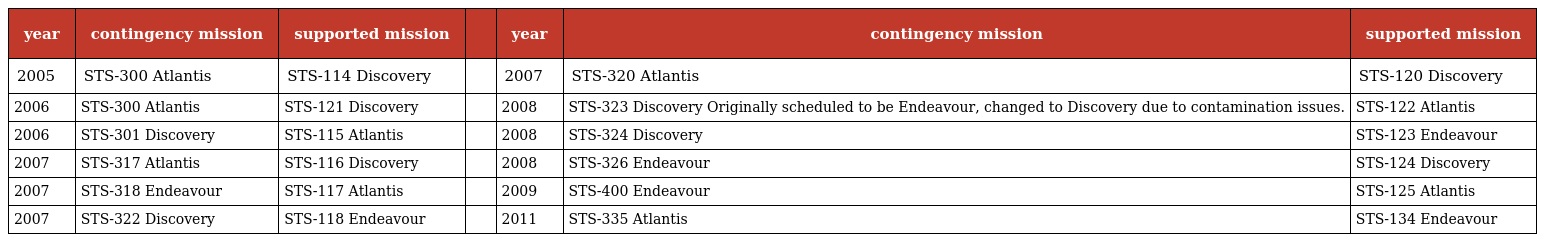
| year | contingency mission | supported mission |  | year | contingency mission | supported mission |
 | --- | --- | --- | --- | --- | --- | --- |
 | 2005 | STS-300 Atlantis | STS-114 Discovery |  | 2007 | STS-320 Atlantis | STS-120 Discovery |
 | 2006 | STS-300 Atlantis | STS-121 Discovery |  | 2008 | STS-323 Discovery Originally scheduled to be Endeavour, changed to Discovery due to contamination issues. | STS-122 Atlantis |
 | 2006 | STS-301 Discovery | STS-115 Atlantis |  | 2008 | STS-324 Discovery | STS-123 Endeavour |
 | 2007 | STS-317 Atlantis | STS-116 Discovery |  | 2008 | STS-326 Endeavour | STS-124 Discovery |
 | 2007 | STS-318 Endeavour | STS-117 Atlantis |  | 2009 | STS-400 Endeavour | STS-125 Atlantis |
 | 2007 | STS-322 Discovery | STS-118 Endeavour |  | 2011 | STS-335 Atlantis | STS-134 Endeavour |